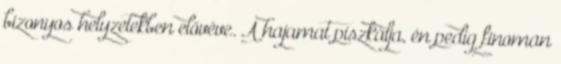
bizonyos helyzetekben elővéve. A hajamat piszkálja, én pedig finoman